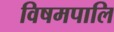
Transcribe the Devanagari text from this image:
विषमपालि